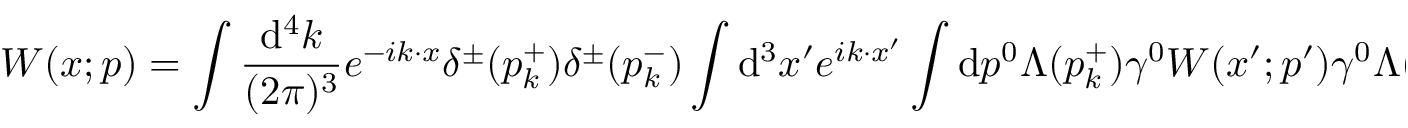
W ( x ; p ) = \int \frac { \mathrm { d } ^ { 4 } k } { ( 2 \pi ) ^ { 3 } } e ^ { - i k \cdot x } \delta ^ { \pm } ( p _ { k } ^ { + } ) \delta ^ { \pm } ( p _ { k } ^ { - } ) \int \mathrm { d } ^ { 3 } x ^ { \prime } e ^ { i k \cdot x ^ { \prime } } \int \mathrm { d } p ^ { 0 } \Lambda ( p _ { k } ^ { + } ) \gamma ^ { 0 } W ( x ^ { \prime } ; p ^ { \prime } ) \gamma ^ { 0 } \Lambda ( p _ { k } ^ { - } ) \; \; ,